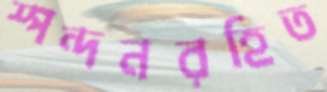
স্পন্দনরহিত